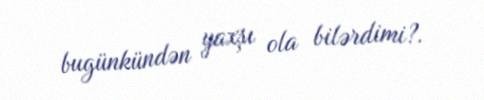
bugünkündən yaxşı ola bilərdimi?.